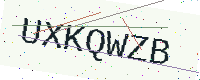
Text: UXKQWZB